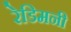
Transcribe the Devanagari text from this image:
रेडिमनी